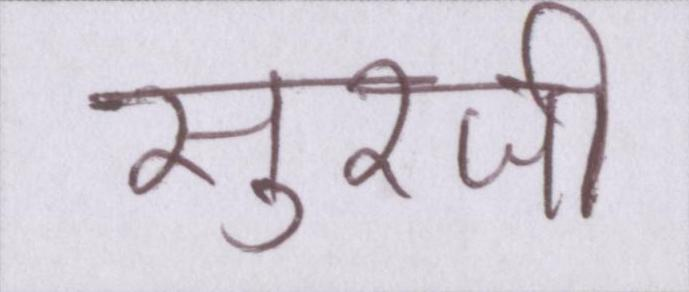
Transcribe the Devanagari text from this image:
सुरजी